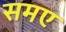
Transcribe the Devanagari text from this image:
समए